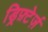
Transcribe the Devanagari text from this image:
ड्रिफ़्टेर्ज़